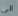
الى